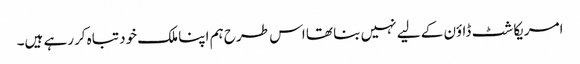
امریکا شٹ ڈاؤن کے لیے نہیں بنا تھا اس طرح ہم اپنا ملک خود تباہ کررہے ہیں۔